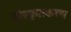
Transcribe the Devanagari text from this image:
संस्कृतकरण